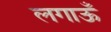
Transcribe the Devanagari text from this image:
लगाऊँ